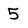
Character: 5